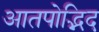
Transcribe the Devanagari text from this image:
आतपोद्भिद